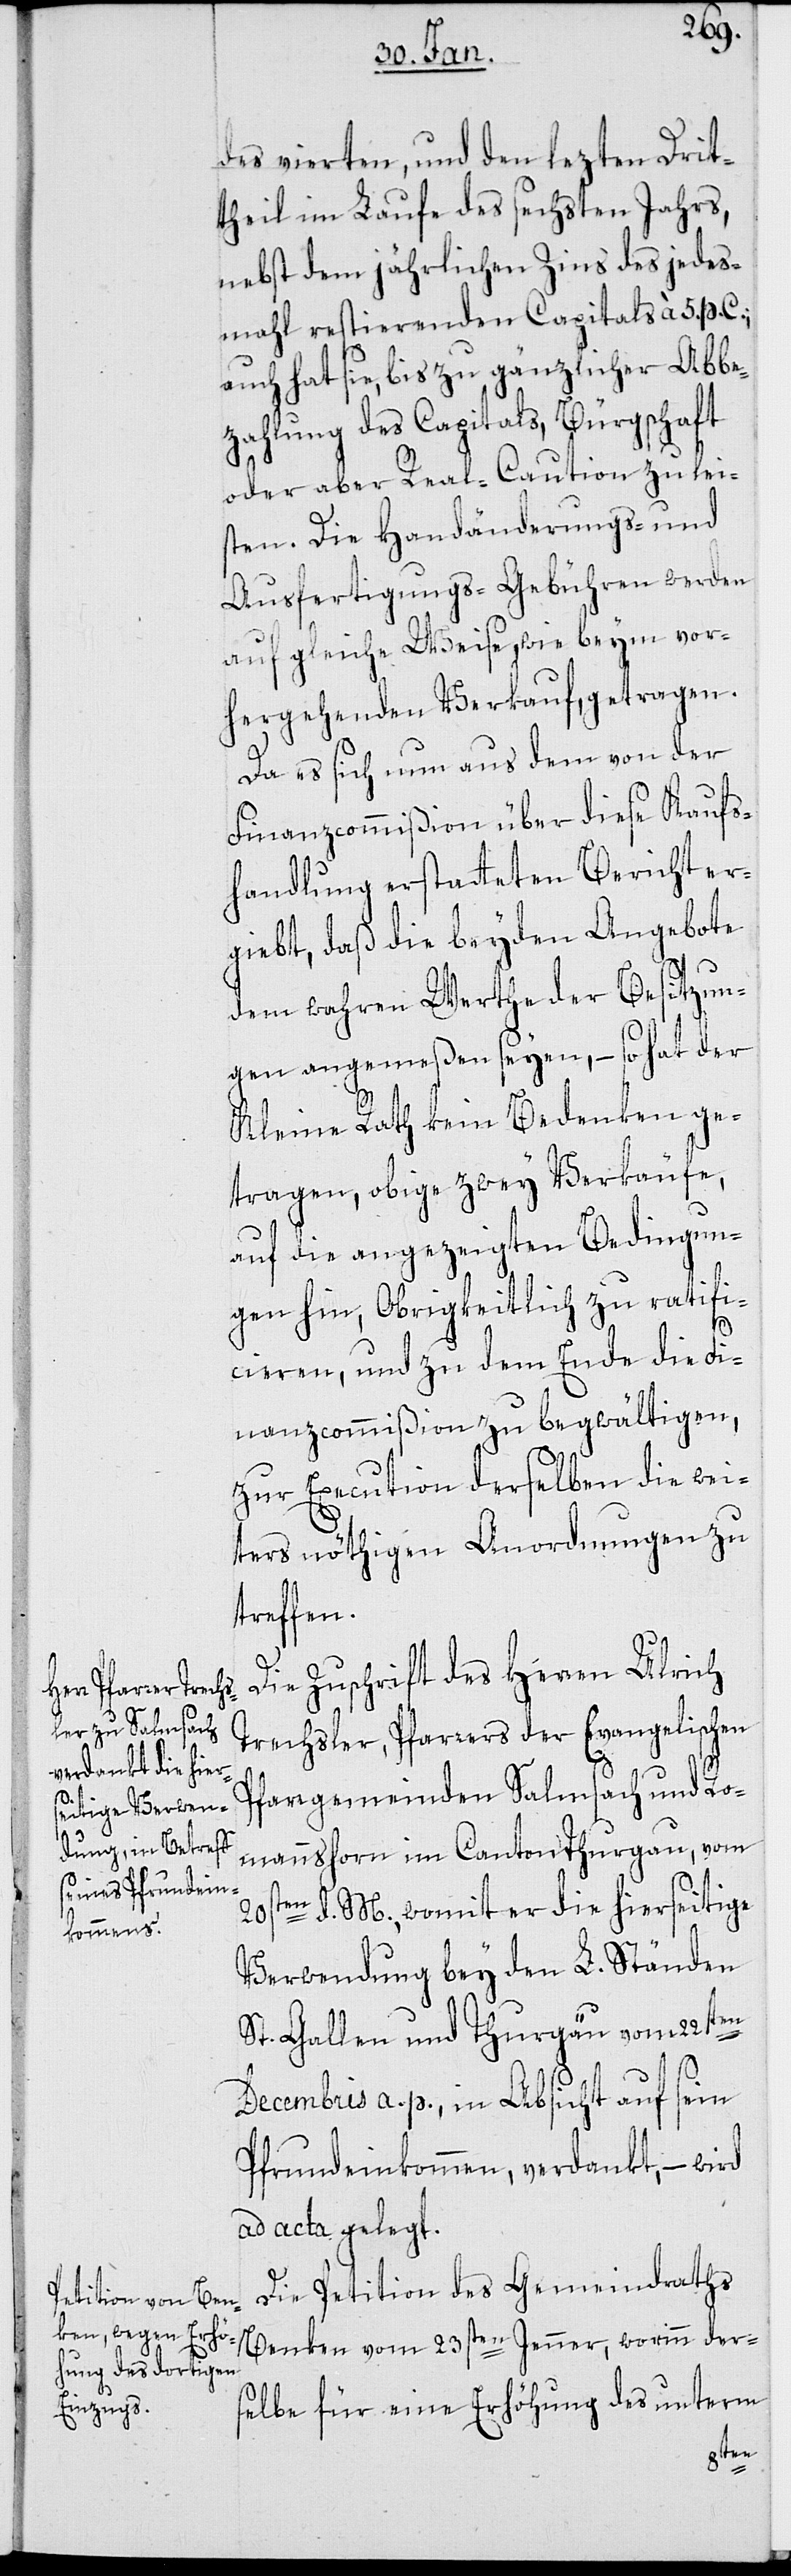
des vierten, und den lezten Drit¬
theil im Laufe des sechsten Jahrs,
nebst dem jährlichen Zins des jedes¬
mahl restierenden Capitals à 5. p. C.;
auch hat sie bis zu gänzlicher Abbe¬
zahlung des Capitals, Bürgschaft
oder aber Real-Caution zu lei¬
sten. Die Handänderungs- und
Ausfertigungs-Gebühren werden
auf gleiche Weise wie beym vor¬
hergehenden Verkauf, getragen.
Da es sich nun aus dem von der
Finanzcommißion über diese Kaufs¬
handlung erstatteten Bericht er¬
giebt, daß die beyden Angebote
dem wahren Werthe der Besitzun¬
gen angemeßen seyen, – so hat der
Kleine Rath kein Bedenken ge¬
tragen, obige zwey Verkäufe,
auf die angezeigten Bedingun¬
gen hin, Obrigkeitlich zu ratifi¬
cieren, und zu dem Ende die Fi¬
nanzkommmißion zu begwältigen,
zur Execution derselben die wei¬
ters nöthigen Anordnungen zu
treffen.
Die Zuschrift des Herren Ulrich
Trechsler, Pfarrers der Evangelischen
Pfarrgemeinden Salmsach und Ro¬
manshorn im Canton Thurgau vom
20sten d. M., womit er die hierseitige
Verwendung bey den L. Ständen
St. Gallen und Thurgau vom 22sten
Decembris a. p. in Absicht auf sein
Pfrundeinkommen verdankt, – wird
ad acta gelegt.
Die Petition des Gemeindraths
Benken vom 23sten Jenner, worinn der¬
selbe für eine Erhöhung des unterm